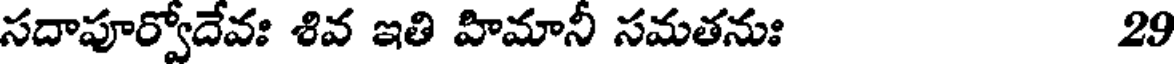
సదాపూర్వోదేవః శివ ఇతి హిమానీ సమతనుః 29